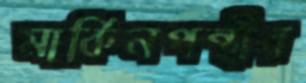
মার্কিনপন্থীর